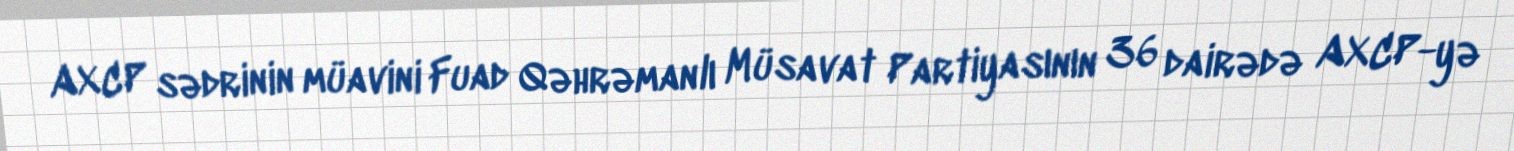
AXCP sədrinin müavini Fuad Qəhrəmanlı Müsavat Partiyasının 36 dairədə AXCP-yə